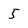
Character: 5